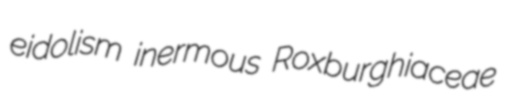
eidolism inermous Roxburghiaceae